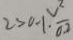
2 > 0 . 1 \cdot \frac { v ^ { 2 } } { 0 . 2 }